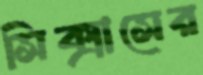
সিক্সাসের